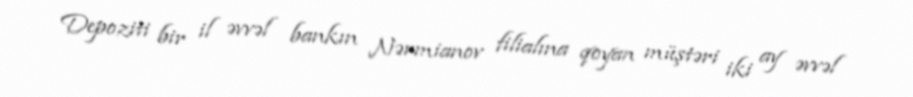
Depoziti bir il əvvəl bankın Nərmianov filialına qoyan müştəri iki ay əvvəl